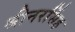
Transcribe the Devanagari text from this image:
श्रीनरसिंह